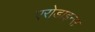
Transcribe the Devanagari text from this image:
एरोडाइन्स